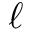
\ell